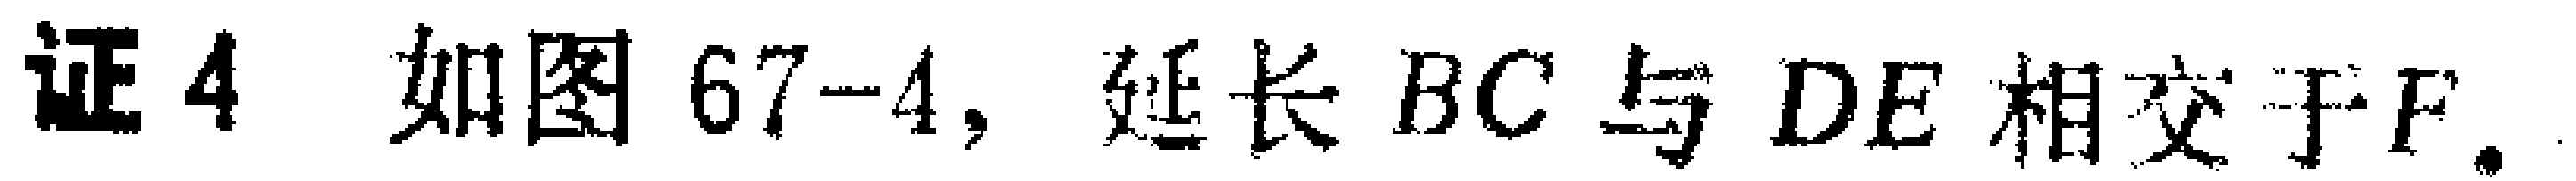
证4 如图67-4, 延长 \(BC\) 与 \(DE\) 相交于\(F\).